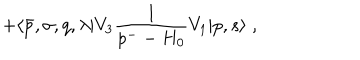
+ \langle \bar { p } , \sigma , q , \lambda \vert V _ { 3 } { \frac { 1 } { p ^ { - } - H _ { 0 } } } V _ { 1 } \vert p , s \rangle \; ,